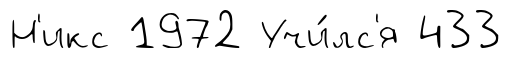
Н'икс 1972 Учи́лс'я 433